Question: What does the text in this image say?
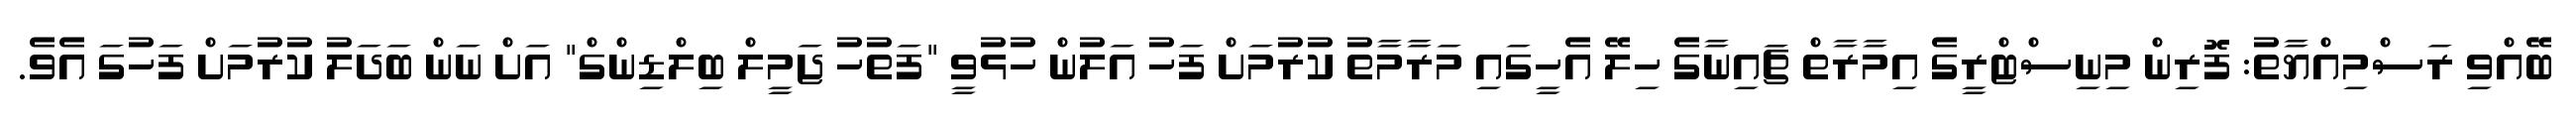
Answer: ބޭއްވި ރަސްމިއްޔާތު: ފޮރިން މިނިސްޓްރީގެ އިމާރާތް ޗައިނާގެ ހިލޭ އެހީގައި މަރާމާތު ކުރުމަށް ފަހު އަލުން ހުޅުވީ "ފަތުހު ޖަމީލް ބިލްޑިންގް" އަށް ނަން ބަދަލު ކުރުމަށް ފަހުގަ އެވެ.